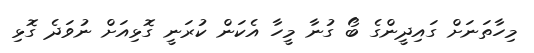
މިހާތަނަށް ގައިދީންގެ ބޯ ގުނާ މީހާ އެކަން ކުރަނީ ގޮޅިއަށް ނުވަދެ ގޮޅި